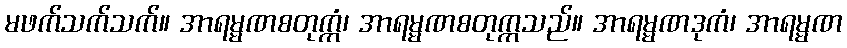
မဖက်သက်သက်။ အာရမ္မဏစတုက္ကံ၊ အာရမ္မဏစတုက္ကသည်။ အာရမ္မဏဒုကံ၊ အာရမ္မဏ